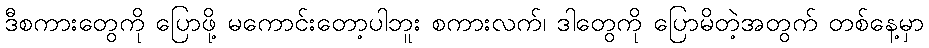
ဒီစကားတွေကို ပြောဖို့ မကောင်းတော့ပါဘူး စကားလက်၊ ဒါတွေကို ပြောမိတဲ့အတွက် တစ်နေ့မှာ